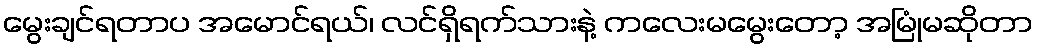
မွေးချင်ရတာပ အမောင်ရယ်၊ လင်ရှိရက်သားနဲ့ ကလေးမမွေးတော့ အမြုံမဆိုတာ